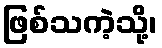
ဖြစ်သကဲ့သို့၊